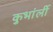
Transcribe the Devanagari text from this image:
कुभांर्ली